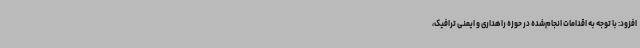
افزود: با توجه به اقدامات انجام‌شده در حوزه راهداری و ایمنی ترافیک،